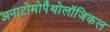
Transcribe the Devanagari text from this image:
अनाटोमोपैथोलॉजिकल